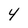
Character: Y